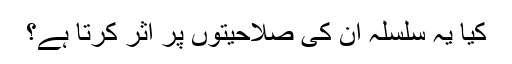
کیا یہ سلسلہ ان کی صلاحیتوں پر اثر کرتا ہے؟